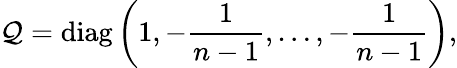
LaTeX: \mathcal{Q}=\mathrm{{diag}}\left(1,-{\frac{{1}}{{n-1}}},\ldots,-{\frac{{1}}{{n-1}}}\right),